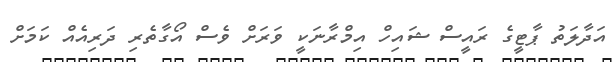
އަދާލަތު ޕާޓީގެ ރައީސް ޝައިހް އިމްރާނަކީ ވަރަށް ވެސް އޯގާތެރި ދަރިއެއް ކަމަށް